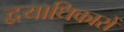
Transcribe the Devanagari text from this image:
द्वयाधिकारों